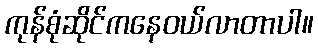
ကုန်စုံဆိုင်ကနေဝယ်လာတာပါ။